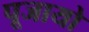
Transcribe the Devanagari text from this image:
पूजायो